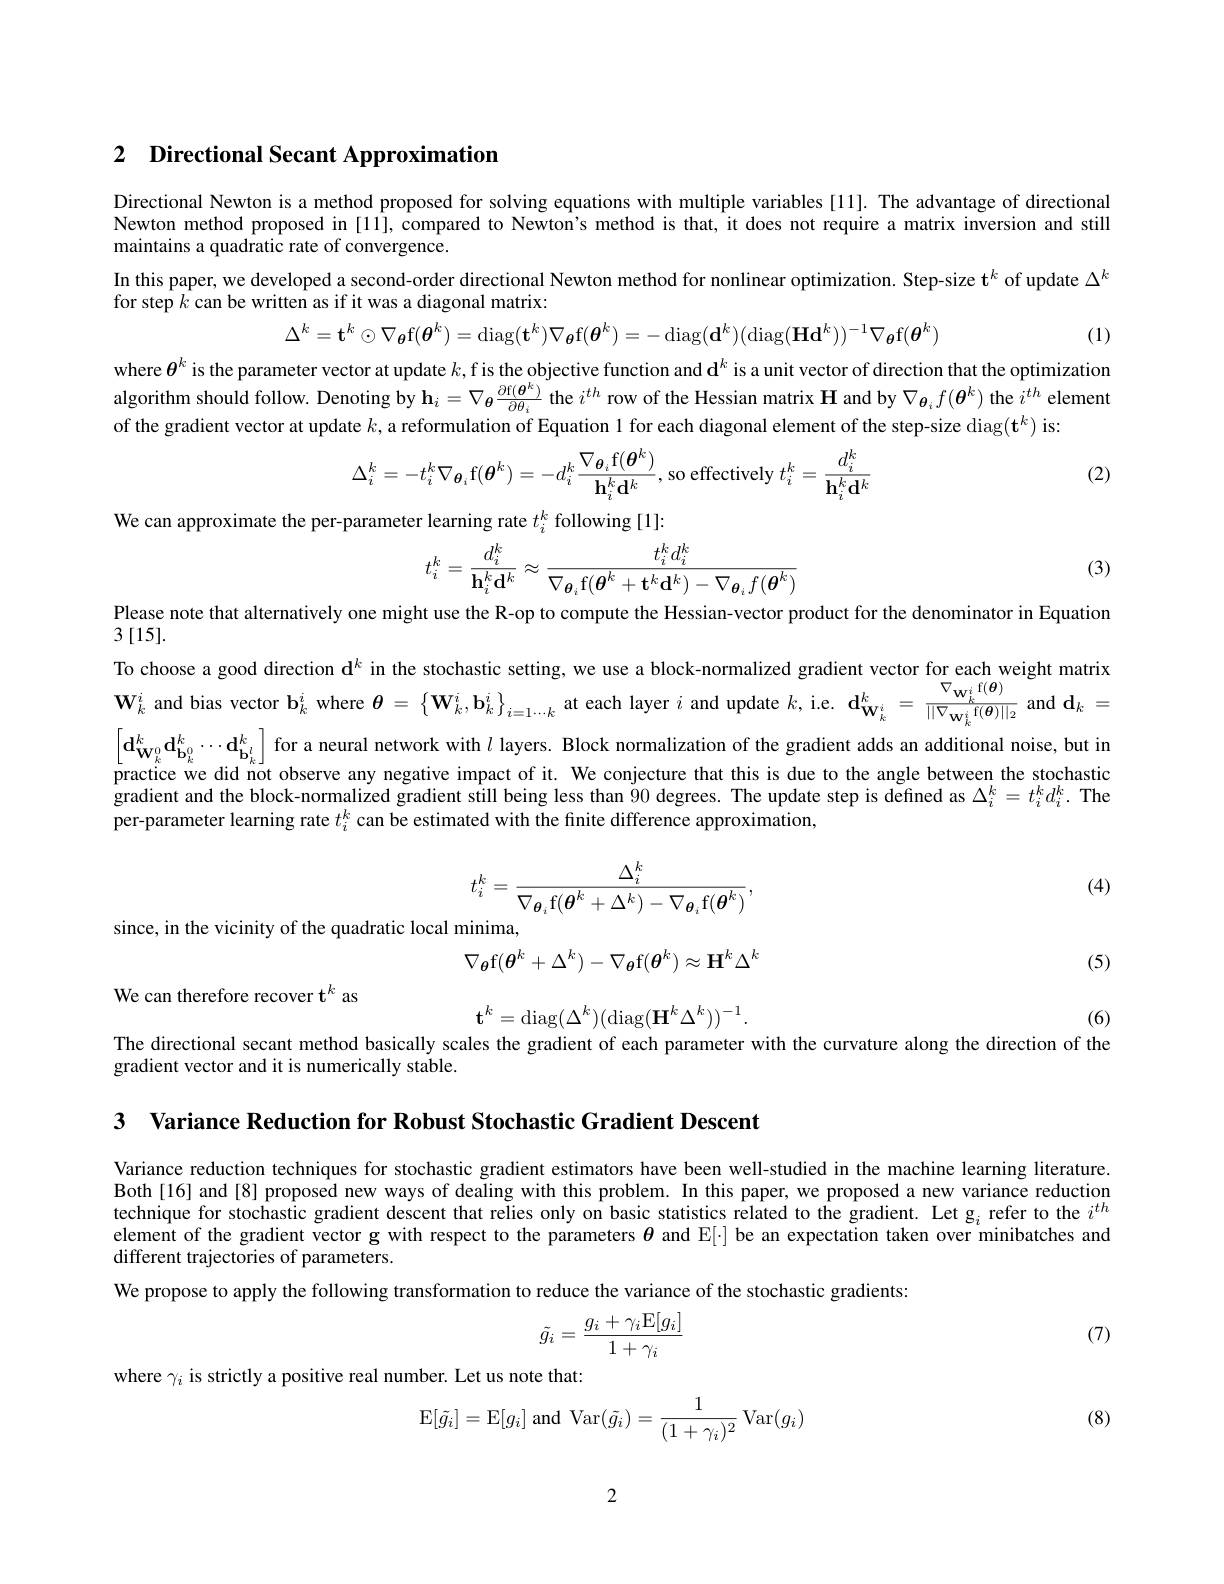
# 2 Directional Secant Approximation

Directional Newton is a method proposed for solving equations with multiple variables [11]. The advantage of directional Newton method proposed in [11], compared to Newton's method is that, it does not require a matrix inversion and still maintains a quadratic rate of convergence.
In this paper, we developed a second-order directional Newton method for nonlinear optimization. Step-size t$^k$ of update $\Delta^k$
for step $k$ can be written as if it was a diagonal matrix:

(1)
$$\Delta^k=\mathbf{t}^k\odot\nabla_{\boldsymbol{\theta}}\mathrm{f}(\boldsymbol{\theta}^k)=\mathrm{diag}(\mathbf{t}^k)\nabla_{\boldsymbol{\theta}}\mathrm{f}(\boldsymbol{\theta}^k)=-\mathrm{diag}(\mathbf{d}^k)(\mathrm{diag}(\mathbf{H}\mathbf{d}^k))^{-1}\nabla_{\boldsymbol{\theta}}\mathrm{f}(\boldsymbol{\theta}^k)$$
where $\theta^k$ is the parameter vector at update $k$, fis the objective function and $\mathrm{d}^k$ is a unit vector of direction that the optimization $\hat{\text{algorithm should follow. Denoting by }\mathbf{h}}_i=\nabla_{\boldsymbol{\theta}}\frac{\partial\mathrm{f}(\boldsymbol{\theta}^k)}{\partial\theta_i}$ the $i^th$ row of the Hessian matrix $\mathbf{H}$ and by $\nabla_{\boldsymbol{\theta}_i}f(\boldsymbol{\theta}^k)$ the $i^{th}$ element of the gradient vector at update $k$, a reformulation of Equation l for each diagonal element of the step-size diag(t$^k)$ is:

(2)
$$\Delta_{i}^{k}=-t_{i}^{k}\nabla_{\boldsymbol{\theta}_{i}}\mathrm{f}(\boldsymbol{\theta}^{k})=-d_{i}^{k}\frac{\nabla_{\boldsymbol{\theta}_{i}}\mathrm{f}(\boldsymbol{\theta}^{k})}{\mathbf{h}_{i}^{k}\mathbf{d}^{k}},\mathrm{so~effectively~}t_{i}^{k}=\frac{d_{i}^{k}}{\mathbf{h}_{i}^{k}\mathbf{d}^{k}}$$
We can approximate the per-parameter learning rate $t_i^k$ following [1]:
$$t_i^k=\frac{d_i^k}{\mathbf{h}_i^k\mathbf{d}^k}\approx\frac{t_i^kd_i^k}{\nabla_{\boldsymbol{\theta}_i}\mathrm{f}(\boldsymbol{\theta}^k+\mathbf{t}^k\mathbf{d}^k)-\nabla_{\boldsymbol{\theta}_i}f(\boldsymbol{\theta}^k)}$$
Please note that alternatively one might use the R-op to compute the Hessian-vector product for the denominator in Equation

(3)

3 [15].

To choose a good direction $\mathrm{d}^k$ in the stochastic setting, we use a block-normalized gradient vector for each weight matrix $\mathbf{W}_{k}^{i}$ and bias vector $\mathbf{b}_k^i$ where $\boldsymbol\theta=\left\{\mathbf{W}_k^i,\mathbf{b}_k^i\right\}_{i=1\cdots k}$ at each layer $i$ and update $k$, i.e. d$\mathbf{w}_k^k=\frac{\nabla_{\mathbf{w}_k^i}\mathrm{f}(\boldsymbol{\theta})}{||\nabla_{\mathbf{w}_k^i}^i\mathrm{f}(\boldsymbol{\theta})||_2}$ and $\mathbf{d}_k=$ $\mathbf{d}_{\mathbf{W}_k^0}^k\mathbf{d}_{\mathbf{b}_k^0}^k\cdots\mathbf{d}_{\mathbf{b}_k^l}^k\mid$ for a neural network with $l$ layers. Block normalization of the gradient adds an additional noise, but ir practice we did not observe any negative impact of it. We conjecture that this is due to the angle between the stochastic gradient and the block-normalized gradient still being less than $\tilde{9}0$ degrees. The update step is defined as $\Delta_i^k=t_i^kd_i^k.$ The per-parameter learning rate $t_i^k$ can be estimated with the finite difference approximation,

(4)
$$t_i^k=\frac{\Delta_i^k}{\nabla_{\boldsymbol{\theta}_i}\mathrm{f}(\boldsymbol{\theta}^k+\Delta^k)-\nabla_{\boldsymbol{\theta}_i}\mathrm{f}(\boldsymbol{\theta}^k)},$$
since, in the vicinity of the quadratic local minima,
$$\nabla_{\boldsymbol{\theta}}\mathrm{f}(\boldsymbol{\theta}^k+\Delta^k)-\nabla_{\boldsymbol{\theta}}\mathrm{f}(\boldsymbol{\theta}^k)\approx\mathbf{H}^k\Delta^k$$
(5)

We can therefore recover t$^k$ as

(6)
$$\mathbf{t}^k=\mathrm{diag}(\Delta^k)(\mathrm{diag}(\mathbf{H}^k\Delta^k))^{-1}.$$
The directional secant method basically scales the gradient of each parameter with the curvature along the direction of the
gradient vector and it is numerically stable.

3 Variance Reduction for Robust Stochastic Gradient Descent

Variance reduction techniques for stochastic gradient estimators have been well-studied in the machine learning literature. Both[16] and[8] proposed new ways of dealing with this problem. In this paper, we proposed a new variance reduction technique for stochastic gradient descent that relies only on basic statistics related to the gradient. Let g refer to the $i^{th}$ element of the gradient vector g with respect to the parameters $\boldsymbol{\theta}$ and E[·] be an expectation taken over minibatches and different trajectories of parameters.
We propose to apply the following transformation to reduce the variance of the stochastic gradients:
$$\tilde{g_i}=\frac{g_i+\gamma_i\mathrm{E}[g_i]}{1+\gamma_i}$$
(7)

where $\gamma_{i}$ is strictly a positive real number. Let us note that:

(8)
$$\operatorname{E}[\tilde{g}_i]=\operatorname{E}[g_i]\text{and}\operatorname{Var}(\tilde{g}_i)=\frac{1}{(1+\gamma_i)^2}\operatorname{Var}(g_i)$$
2